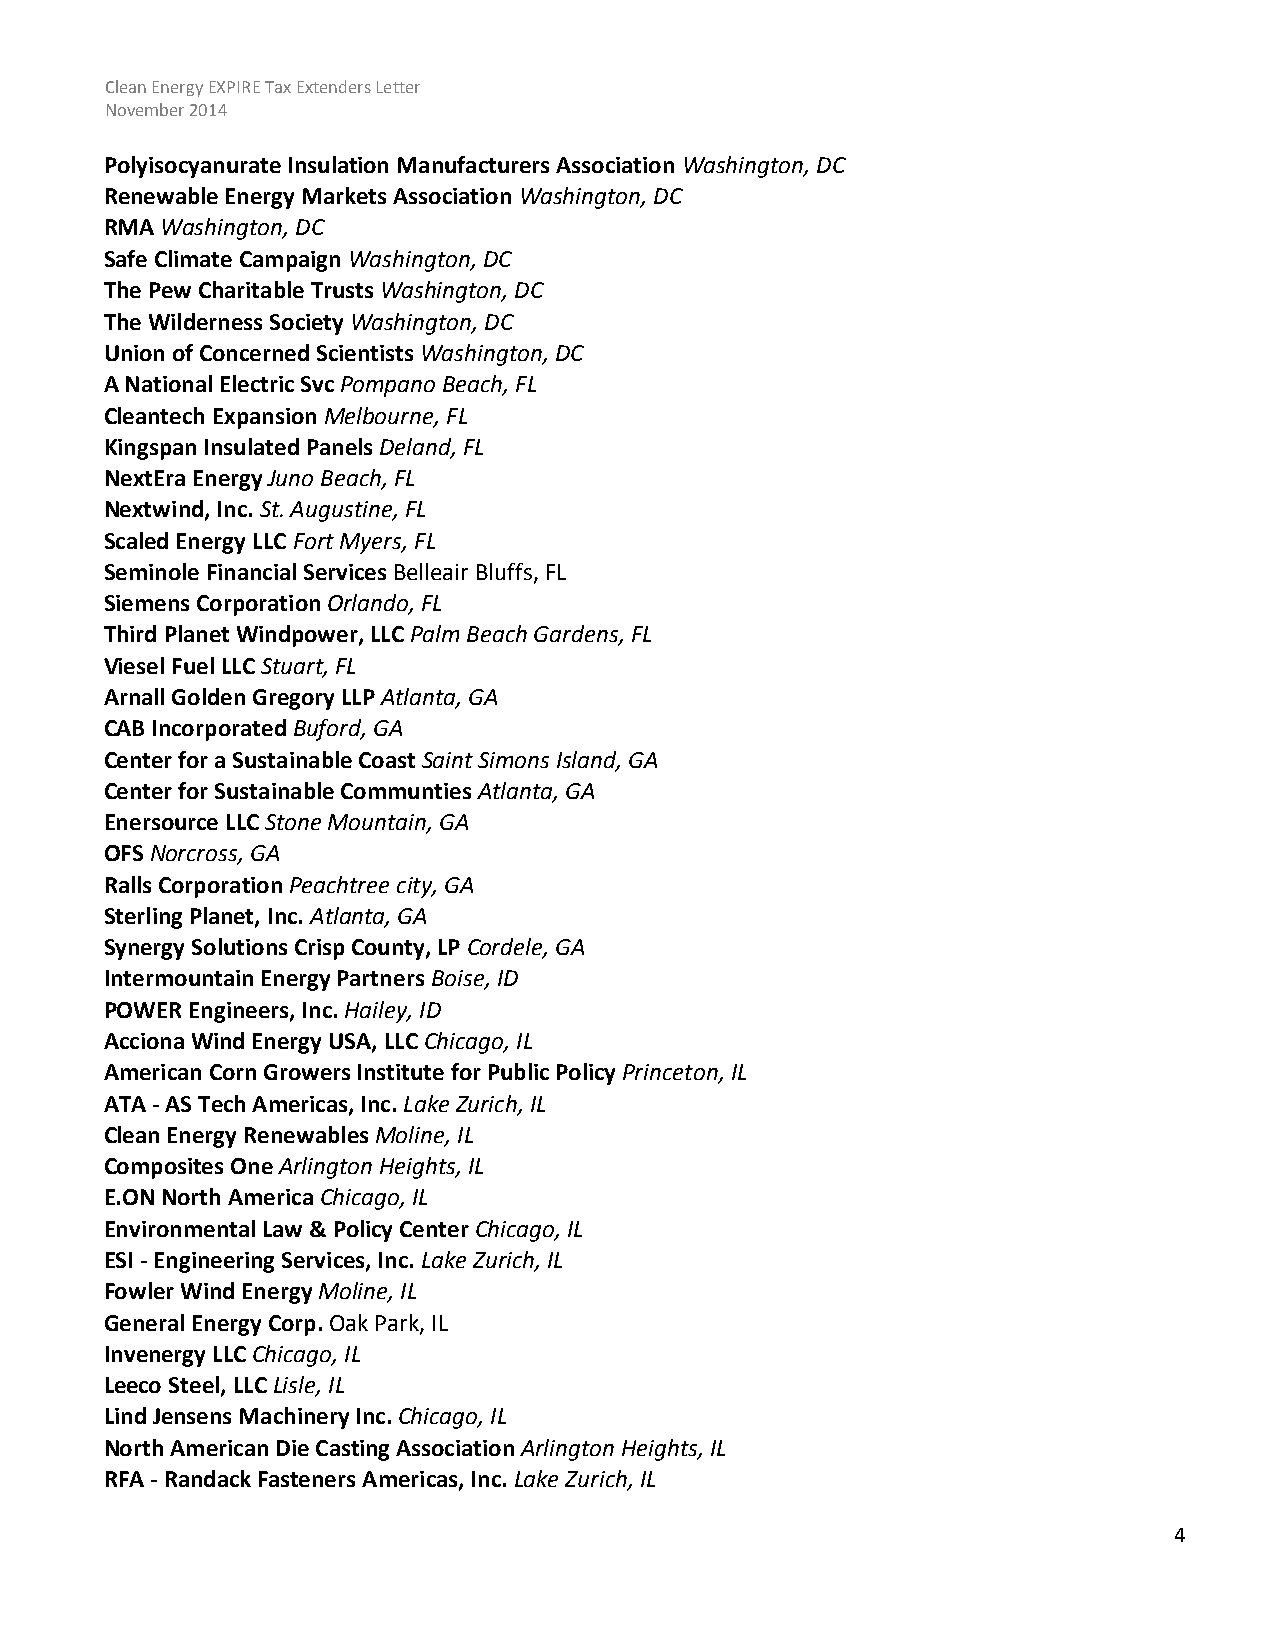
Clean Energy EXPIRE Tax Extenders Letter
 November 2014
 Polyisocyanurate Insulation Manufacturers Association Washington, DC
 Renewable Energy Markets Association Washington, DC
 RMA Washington, DC
 Safe Climate Campaign Washington, DC
 The Pew Charitable Trusts Washington, DC
 The Wilderness Society Washington, DC
 Union of Concerned Scientists Washington, DC
 A National Electric Svc Pompano Beach, FL
 Cleantech Expansion Melbourne, FL
 Kingspan Insulated Panels Deland, FL
 NextEra Energy Juno Beach, FL
 Nextwind, Inc. St. Augustine, FL
 Scaled Energy LLC Fort Myers, FL
 Seminole Financial Services Belleair Bluffs, FL
 Siemens Corporation Orlando, FL
 Third Planet Windpower, LLC Palm Beach Gardens, FL
 Viesel Fuel LLC Stuart, FL
 Arnall Golden Gregory LLP Atlanta, GA
 CAB Incorporated Buford, GA
 Center for a Sustainable Coast Saint Simons Island, GA
 Center for Sustainable Communties Atlanta, GA
 Enersource LLC Stone Mountain, GA
 OFS Norcross, GA
 Ralls Corporation Peachtree city, GA
 Sterling Planet, Inc. Atlanta, GA
 Synergy Solutions Crisp County, LP Cordele, GA
 Intermountain Energy Partners Boise, ID
 POWER Engineers, Inc. Hailey, ID
 Acciona Wind Energy USA, LLC Chicago, IL
 American Corn Growers Institute for Public Policy Princeton, IL
 ATA - AS Tech Americas, Inc. Lake Zurich, IL
 Clean Energy Renewables Moline, IL
 Composites One Arlington Heights, IL
 E.ON North America Chicago, IL
 Environmental Law & Policy Center Chicago, IL
 ESI - Engineering Services, Inc. Lake Zurich, IL
 Fowler Wind Energy Moline, IL
 General Energy Corp. Oak Park, IL
 Invenergy LLC Chicago, IL
 Leeco Steel, LLC Lisle, IL
 Lind Jensens Machinery Inc. Chicago, IL
 North American Die Casting Association Arlington Heights, IL
 RFA - Randack Fasteners Americas, Inc. Lake Zurich, IL
 4